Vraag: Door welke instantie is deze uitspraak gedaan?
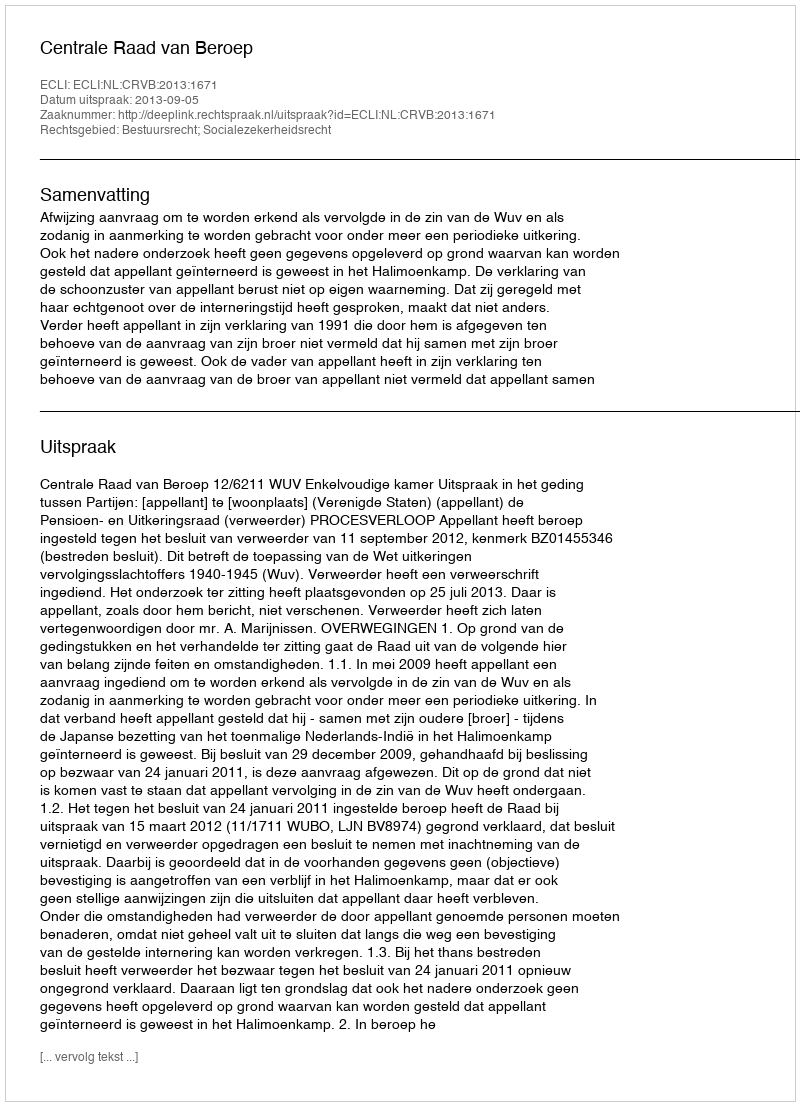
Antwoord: Centrale Raad van Beroep